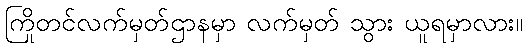
ကြိုတင်လက်မှတ်ဌာနမှာ လက်မှတ် သွား ယူရမှာလား။